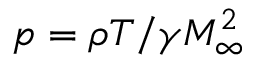
p = \rho T / \gamma M _ { \infty } ^ { 2 }